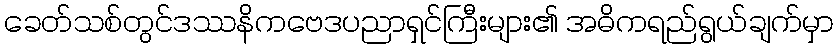
ခေတ်သစ်တွင်ဒဿနိကဗေဒပညာရှင်ကြီးများ၏ အဓိကရည်ရွယ်ချက်မှာ